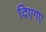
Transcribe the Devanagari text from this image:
दिएगए